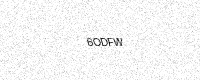
Text: 6ODFW